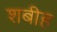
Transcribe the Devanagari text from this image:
शबीह